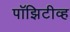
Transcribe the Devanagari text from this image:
पॉझिटीव्ह